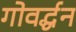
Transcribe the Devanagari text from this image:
गोवर्द्धन